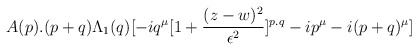
\begin{align*}A(p).(p+q) \Lambda _1(q)[-iq^\mu [1+ {(z-w)^2\over \epsilon ^2}]^{p.q} -ip^\mu -i(p+q)^\mu]\end{align*}